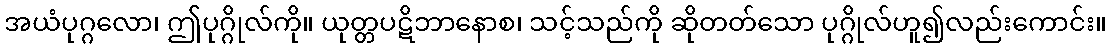
အယံပုဂ္ဂလော၊ ဤပုဂ္ဂိုလ်ကို။ ယုတ္တပဋိဘာနောစ၊ သင့်သည်ကို ဆိုတတ်သော ပုဂ္ဂိုလ်ဟူ၍လည်းကောင်း။